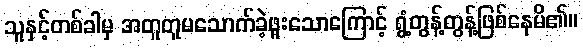
သူနှင့်တစ်ခါမှ အတူတူမသောက်ခဲ့ဖူးသောကြောင့် ရွံ့တွန့်တွန့်ဖြစ်နေမိ၏။